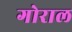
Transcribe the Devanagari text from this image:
गोराल